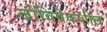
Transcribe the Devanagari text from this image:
जोविवेकशील